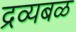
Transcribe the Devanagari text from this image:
द्रव्यबळ